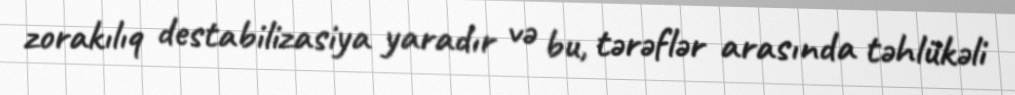
zorakılıq destabilizasiya yaradır və bu, tərəflər arasında təhlükəli